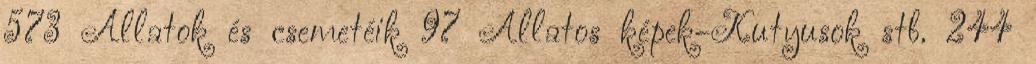
573 Állatok és csemetéik 97 Állatos képek-Kutyusok stb. 244